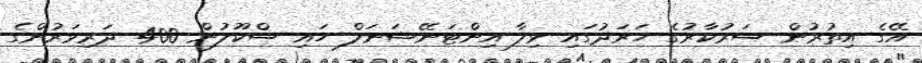
އޭގެ އިތުރުން ސަރުކާރުގެ ހަރަދުގައި ވިލާ އިންޓަނޭޝަނަލް ހައި ސްކޫލުން 400 ދަރިވަރުންގެ